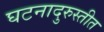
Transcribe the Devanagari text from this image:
घटनादुरुस्तीत